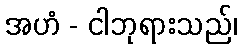
အဟံ - ငါဘုရားသည်၊